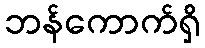
ဘန်ကောက်ရှိ